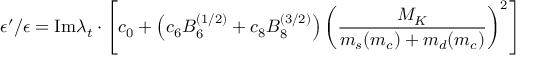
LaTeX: \epsilon ^ { \prime } / \epsilon = \mathrm { I m } \lambda _ { t } \cdot \left[ c _ { 0 } + \left( c _ { 6 } { \cal B } _ { 6 } ^ { ( 1 / 2 ) } + c _ { 8 } { \cal B } _ { 8 } ^ { ( 3 / 2 ) } \right) \left( \frac { M _ { K } } { m _ { s } ( m _ { c } ) + m _ { d } ( m _ { c } ) } \right) ^ { 2 } \right]